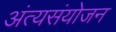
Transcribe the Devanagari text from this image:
अंत्यसंयोजन